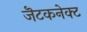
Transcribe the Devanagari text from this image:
जॆटकनेक्ट